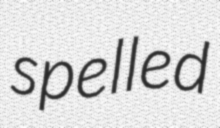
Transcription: spelled